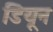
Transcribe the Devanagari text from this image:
डियून